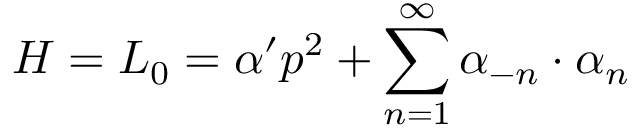
H = L _ { 0 } = \alpha ^ { \prime } p ^ { 2 } + \sum _ { n = 1 } ^ { \infty } \alpha _ { - n } \cdot \alpha _ { n }